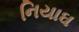
નિયાઘ